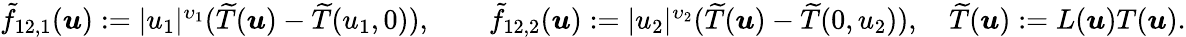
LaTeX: \begin{array}{r}{\tilde{f}_{12,1}(\boldsymbol{u}):=|u_{1}|^{\upsilon_{1}}(\widetilde T(\boldsymbol{u})-\widetilde T(u_{1},0)),\qquad\tilde{f}_{12,2}(\boldsymbol{u}):=|u_{2}|^{\upsilon_{2}}(\widetilde T(\boldsymbol{u})-\widetilde T(0,u_{2})),\quad\widetilde T(\boldsymbol{u}):=L(\boldsymbol{u})T(\boldsymbol{u}).}\end{array}